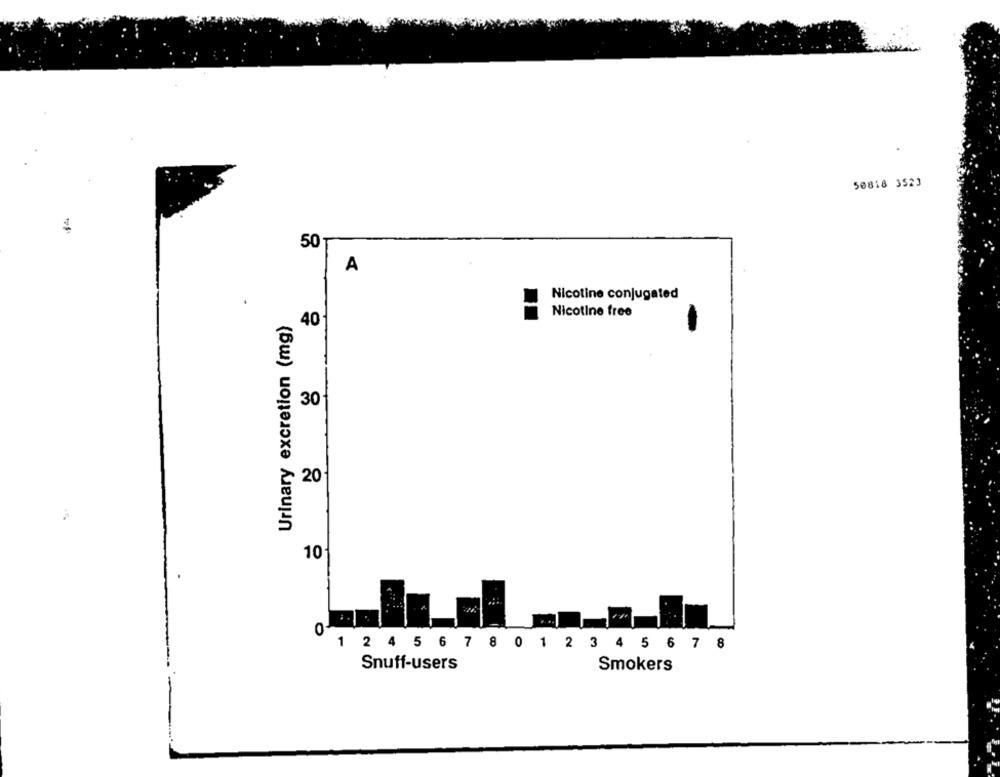
50818 3523
50
A
Nicotine conjugated
Nicotine free
Urinary excretion (mg)
40
30
20
10-
1
2 4 5 6 7 8 0 1 2 3 4 5 6 7 8
Snuff-users
Smokers